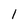
Character: l